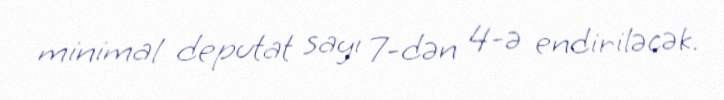
minimal deputat sayı 7-dən 4-ə endiriləcək.